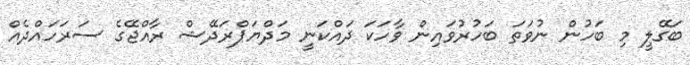
ބަގޭލީ މި ބަހުން ނުވަތަ ބަހުރުވައިން ވާހަކަ ދައްކަނީ މަދްޔަޕްރަދޭޝް ރާއްޖޭގެ ސަރަހައްދެއް